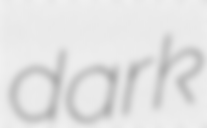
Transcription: dark